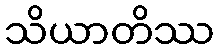
သိယာတိဿ